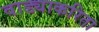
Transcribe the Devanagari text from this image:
वाड्याकरिता